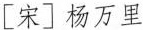
[宋] 杨万里